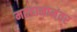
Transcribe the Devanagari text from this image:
मतदानानंतर